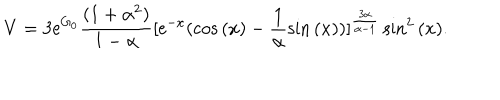
LaTeX: V = 3 \mathrm { e } ^ { G _ { 0 } } \frac { ( 1 + \alpha ^ { 2 } ) } { 1 - \alpha } [ \mathrm { e } ^ { - x } ( \cos { ( x ) } - \frac { 1 } { \alpha } \sin { ( x ) } ) ] ^ { \frac { 3 \alpha } { \alpha - 1 } } \sin ^ { 2 } { ( x ) } .